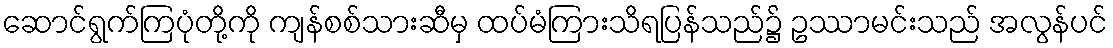
ဆောင်ရွက်ကြပုံတို့ကို ကျန်စစ်သားဆီမှ ထပ်မံကြားသိရပြန်သည်၌ ဥဿာမင်းသည် အလွန်ပင်